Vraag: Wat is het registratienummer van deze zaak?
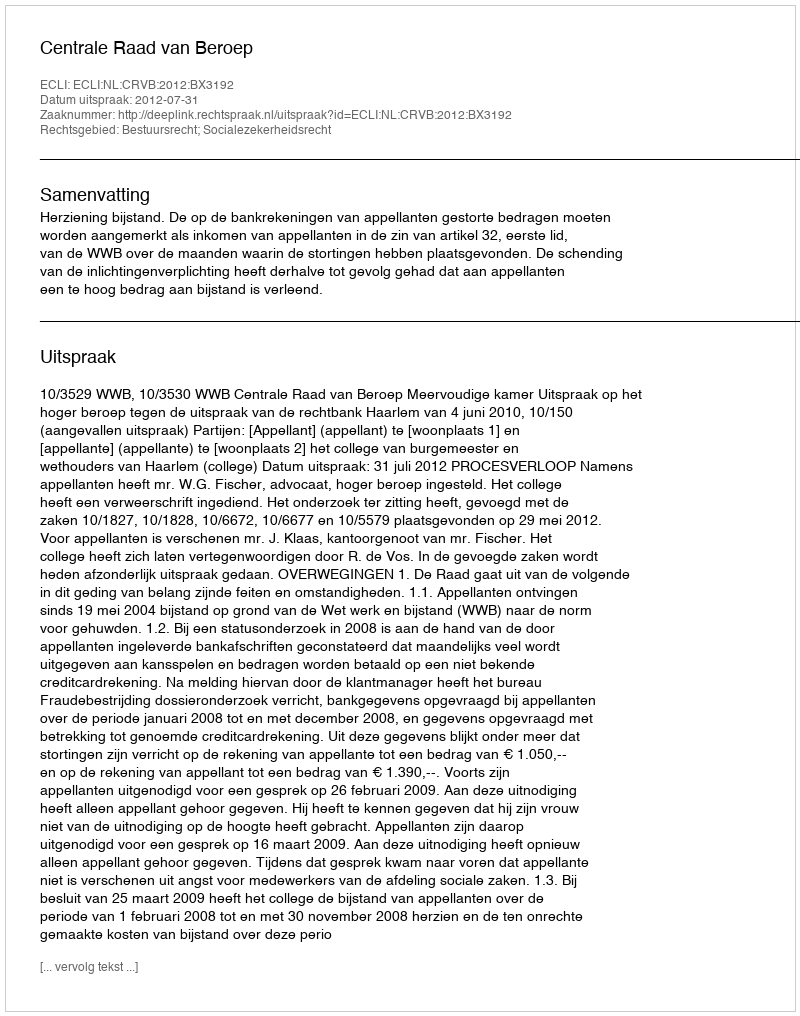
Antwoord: http://deeplink.rechtspraak.nl/uitspraak?id=ECLI:NL:CRVB:2012:BX3192